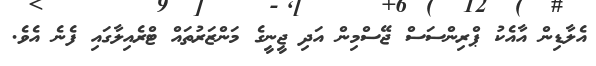
އެލާޑިން އާއެކު ޕްރިންސަސް ޖޭސްމިން އަދި ޖީނީގެ މަންޒަރުތައް ޓްރެއިލާގައި ފެނެ އެވެ.